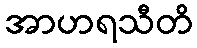
အာဟရသီတိ